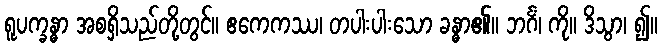
ရူပက္ခန္ဓာ အစရှိသည်တို့တွင်။ ဧကေကဿ၊ တပါးပါးသော ခန္ဓာ၏။ ဘင်္ဂံ၊ ကို။ ဒိသွာ၊ ၍။